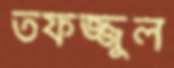
তফজ্জুল